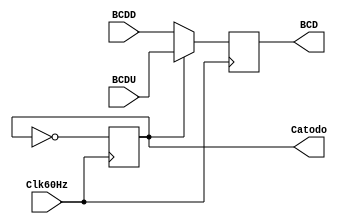
`timescale 1ns / 1ps
//////////////////////////////////////////////////////////////////////////////////
// Company: 
// Engineer: 
// 
// Design Name: 
// Module Name: mux
// Project Name: 
// Target Devices: 
// Tool Versions: 
// Description: 
// 
// Dependencies: 
// 
// Revision:
// Revision 0.01 - File Created
// Additional Comments:
// 
//////////////////////////////////////////////////////////////////////////////////


module mux(
            input wire Clk60Hz,
            input wire [3:0] BCDD,
            input wire [3:0] BCDU,
            output reg [3:0] BCD = 0,
            output reg Catodo
           );
                      
    initial begin 
        Catodo=0;
    end
    
    always@(posedge(Clk60Hz))
    begin
        Catodo=~Catodo;
        if(Catodo)
            BCD <= BCDD;
    else
        BCD <= BCDU;
    end
endmodule